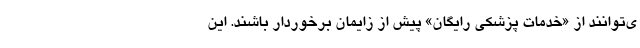
ی‌توانند از «خدمات پزشکی رایگان» پیش از زایمان برخوردار باشند. این